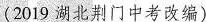
(2019 湖北荆门中考改编)